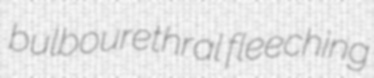
bulbourethral fleeching